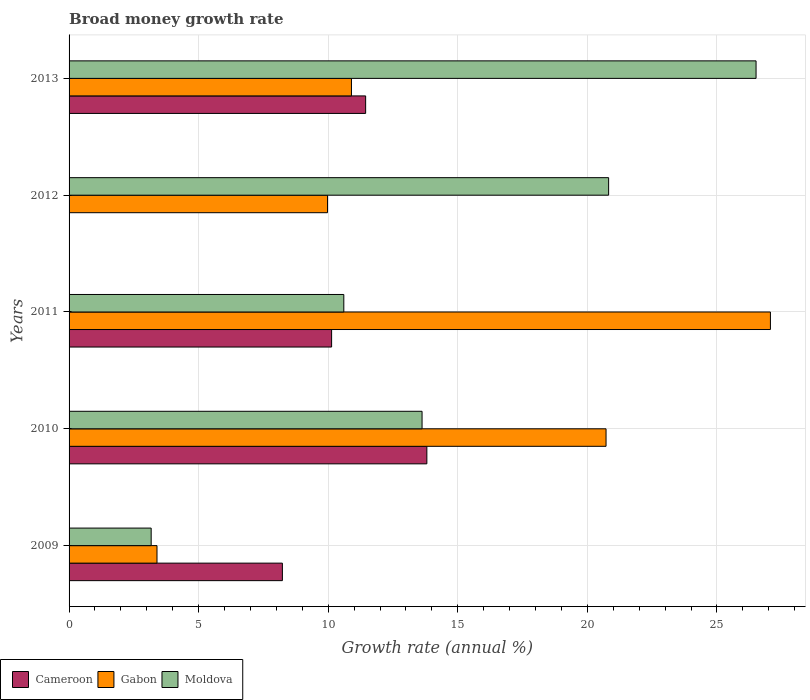
| Years | Cameroon | Gabon | Moldova |
 | --- | --- | --- | --- |
 | 2009 | 8.23 | 3.39 | 3.17 |
 | 2010 | 13.8 | 20.7 | 13.6 |
 | 2011 | 10.1 | 27.1 | 10.6 |
 | 2012 | -0.0585 | 9.97 | 20.8 |
 | 2013 | 11.4 | 10.9 | 26.5 |